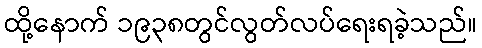
ထို့နောက် ၁၉၃၈တွင်လွတ်လပ်ရေးရခဲ့သည်။